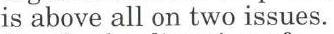
is above all on two issues.